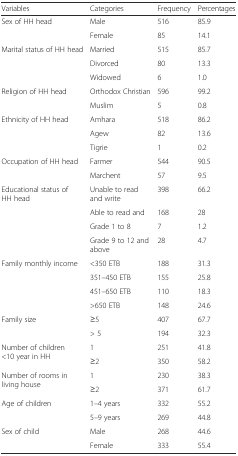
<table><thead><tr><td><b>Variables</b></td><td><b>Categories</b></td><td><b>Frequency</b></td><td><b>Percentages</b></td></tr></thead><tbody><tr><td rowspan="2">Sex of HH head</td><td>Male</td><td>516</td><td>85.9</td></tr><tr><td>Female</td><td>85</td><td>14.1</td></tr><tr><td rowspan="3">Marital status of HH head</td><td>Married</td><td>515</td><td>85.7</td></tr><tr><td>Divorced</td><td>80</td><td>13.3</td></tr><tr><td>Widowed</td><td>6</td><td>1.0</td></tr><tr><td rowspan="2">Religion of HH head</td><td>Orthodox Christian</td><td>596</td><td>99.2</td></tr><tr><td>Muslim</td><td>5</td><td>0.8</td></tr><tr><td rowspan="3">Ethnicity of HH head</td><td>Amhara</td><td>518</td><td>86.2</td></tr><tr><td>Agew</td><td>82</td><td>13.6</td></tr><tr><td>Tigrie</td><td>1</td><td>0.2</td></tr><tr><td rowspan="2">Occupation of HH head</td><td>Farmer</td><td>544</td><td>90.5</td></tr><tr><td>Marchent</td><td>57</td><td>9.5</td></tr><tr><td rowspan="4">Educational status of HH head</td><td>Unable to read and write</td><td>398</td><td>66.2</td></tr><tr><td>Able to read and</td><td>168</td><td>28</td></tr><tr><td>Grade 1 to 8</td><td>7</td><td>1.2</td></tr><tr><td>Grade 9 to 12 and above</td><td>28</td><td>4.7</td></tr><tr><td rowspan="4">Family monthly income</td><td>&lt;350 ETB</td><td>188</td><td>31.3</td></tr><tr><td>351–450 ETB</td><td>155</td><td>25.8</td></tr><tr><td>451–650 ETB</td><td>110</td><td>18.3</td></tr><tr><td>&gt;650 ETB</td><td>148</td><td>24.6</td></tr><tr><td rowspan="2">Family size</td><td>≥5</td><td>407</td><td>67.7</td></tr><tr><td>&gt; 5</td><td>194</td><td>32.3</td></tr><tr><td rowspan="2">Number of children &lt;10 year in HH</td><td>1</td><td>251</td><td>41.8</td></tr><tr><td>≥2</td><td>350</td><td>58.2</td></tr><tr><td rowspan="2">Number of rooms in living house</td><td>1</td><td>230</td><td>38.3</td></tr><tr><td>≥2</td><td>371</td><td>61.7</td></tr><tr><td rowspan="2">Age of children</td><td>1–4 years</td><td>332</td><td>55.2</td></tr><tr><td>5–9 years</td><td>269</td><td>44.8</td></tr><tr><td rowspan="2">Sex of child</td><td>Male</td><td>268</td><td>44.6</td></tr><tr><td>Female</td><td>333</td><td>55.4</td></tr></tbody></table>